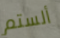
ألستم